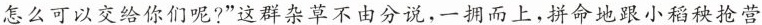
怎么可以交给你们呢?”这群杂草不由分说，一拥而上，拼命地跟小稻秧抢营